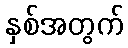
နှစ်အတွက်